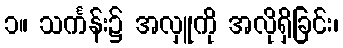
၁။ သင်္ကန်း၌ အလှူကို အလိုရှိခြင်း၊